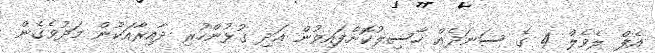
އެފް ލެވެލް 4 ގެ ސަނަދެއް ހާސިލުކޮށްފައިވުން އަދި ގުޅުންހުރި ދާއިރާއަކުން މަދުވެގެން